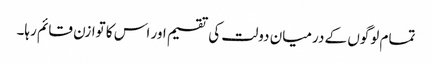
تمام لوگوں کے درمیان دولت کی تقسیم اور اس کا توازن قائم رہا۔